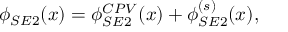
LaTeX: \phi _ { S E 2 } ( x ) = \phi _ { S E 2 } ^ { C P V } ( x ) + \phi _ { S E 2 } ^ { ( s ) } ( x ) ,